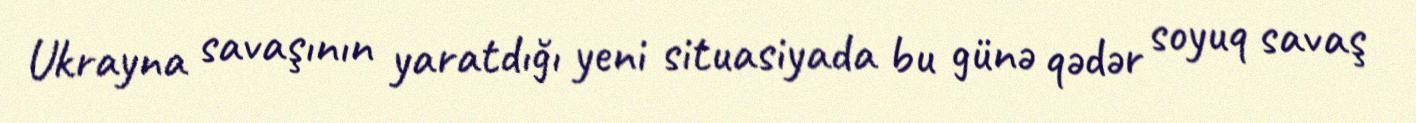
Ukrayna savaşının yaratdığı yeni situasiyada bu günə qədər soyuq savaş